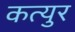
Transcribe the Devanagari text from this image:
कत्युर